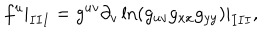
f ^ { u } | _ { I I I } = g ^ { u v } \partial _ { v } \ln ( g _ { u v } g _ { x x } g _ { y y } ) | _ { I I I } , { } ~ ~ ~